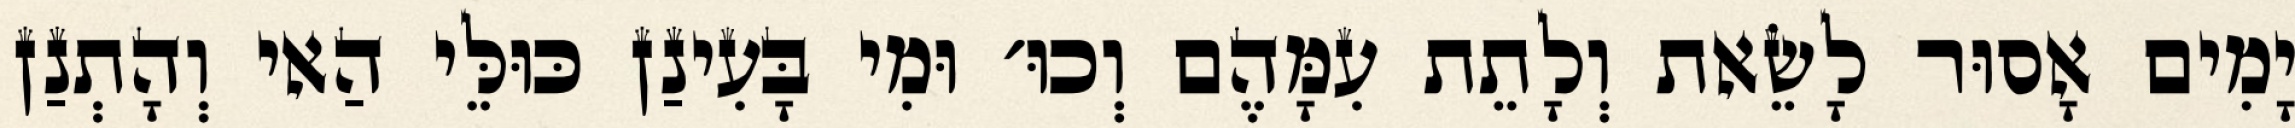
יָמִים אָסוּר לָשֵׂאת וְלָתֵת עִמָּהֶם וְכוּ׳ וּמִי בָּעִינַן כּוּלֵּי הַאי וְהָתְנַן